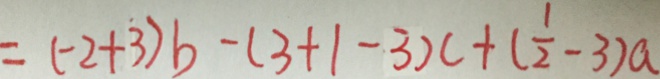
= ( - 2 + 3 ) b - ( 3 + 1 - 3 ) c + ( \frac { 1 } { 2 } - 3 ) a